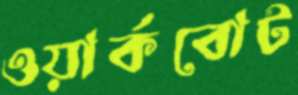
ওয়ার্কবোট